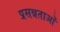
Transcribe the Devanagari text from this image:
प्रसन्नताओं